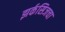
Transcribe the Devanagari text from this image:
झर्कसिजचा